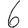
Digit: 6